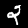
Digit: 2